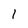
Character: l